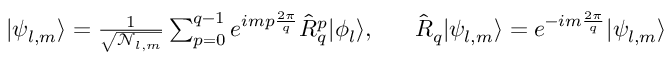
\begin{array} { r } { | \psi _ { l , m } \rangle = \frac { 1 } { \sqrt { \mathcal { N } _ { l , m } } } \sum _ { p = 0 } ^ { q - 1 } e ^ { i m p \frac { 2 \pi } { q } } \hat { R } _ { q } ^ { p } | \phi _ { l } \rangle , \ \ \ \ \ \hat { R } _ { q } | \psi _ { l , m } \rangle = e ^ { - i m \frac { 2 \pi } { q } } | \psi _ { l , m } \rangle } \end{array}